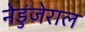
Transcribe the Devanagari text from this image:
नेडुंजेराल